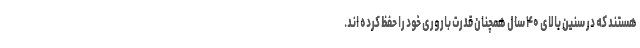
هستند که در سنین بالای ۴۰ سال همچنان قدرت باروری خود را حفظ کرده اند.